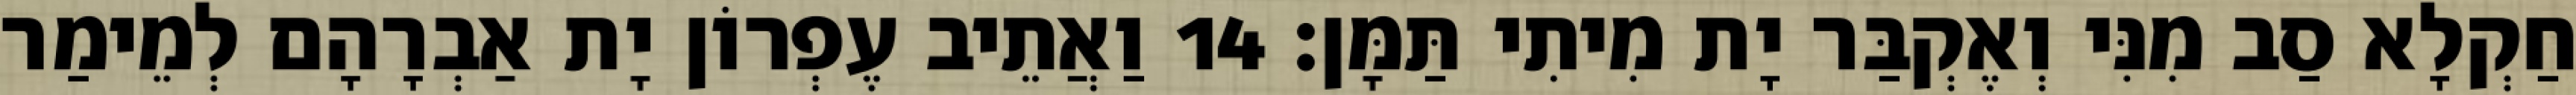
חַקְלָא סַב מִנִּי וְאֶקְבַּר יָת מִיתִי תַּמָּן׃ 14 וַאֲתֵיב עֶפְרוֹן יָת אַבְרָהָם לְמֵימַר